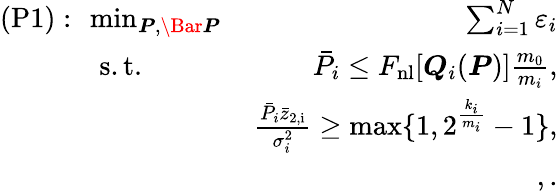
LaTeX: \begin{array}{rlr}{(\mathrm{P1}):}&{\! \! {\operatorname*{min}_{\boldsymbol{P},\boldsymbol{\Bar{P}}}}\, }&{\sum_{i=1}^{N}\varepsilon_{i}}\\ &{\mathrm{s.t.}}&{\bar{P}_{i}\leq F_{\mathrm{{nl}}}[\boldsymbol{Q}_{i}(\boldsymbol{P})]\frac{m_{0}}{m_{i}},}\\ &{\! \! }&{\frac{{\bar{P}_{i}}\bar{z}_{\mathrm{2,i}}}{\sigma_{i}^{2}}\geq\operatorname*{max}\{ 1,2^{\frac{k_{i}}{m_{i}}}-1\} ,}\\ &{\! \! }&{~,.}\end{array}